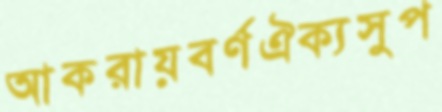
আকরায়বর্ণঐক্যসুপ